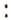
: